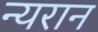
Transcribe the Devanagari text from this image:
न्यरान